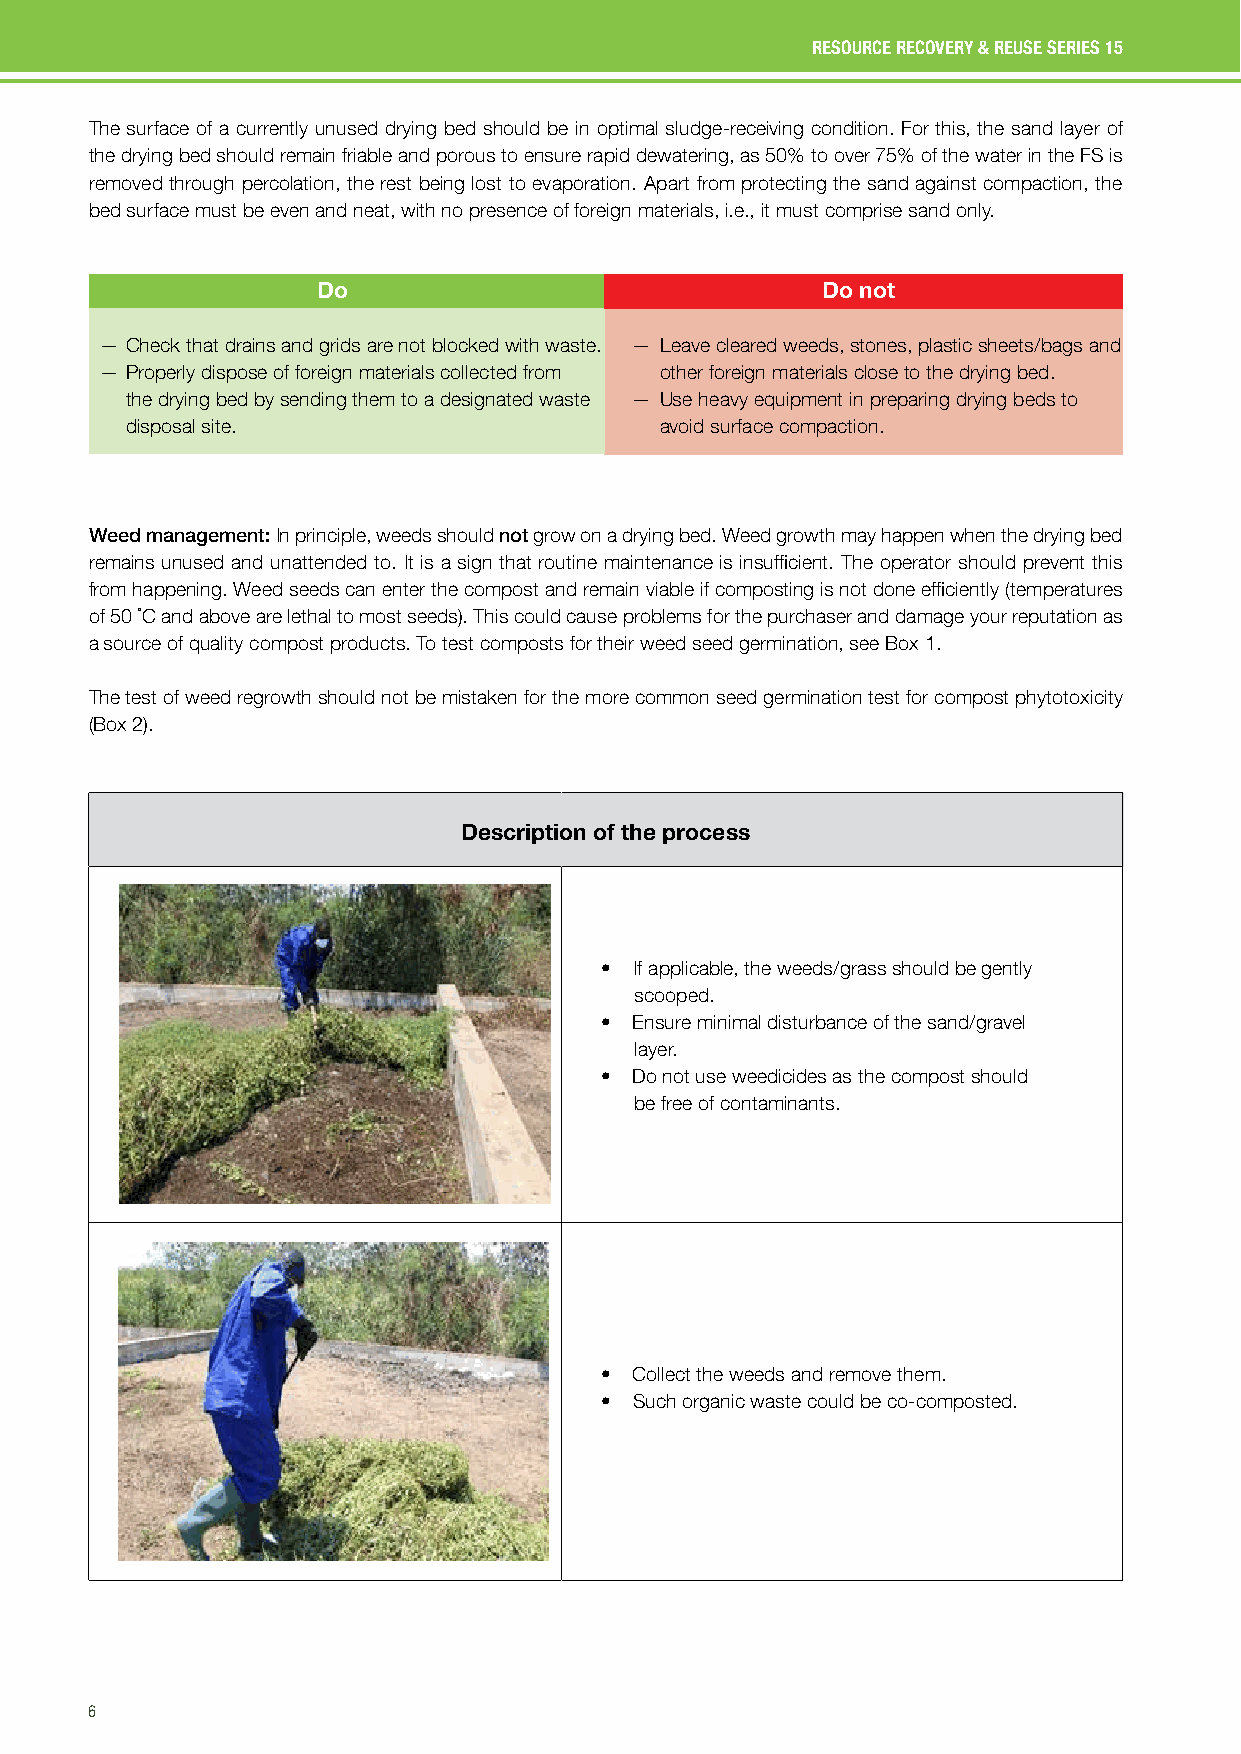
RESOURCE RECOVERY & REUSE SERIES 15
 The surface of a currently unused drying bed should be in optimal sludge-receiving condition. For this, the sand layer of
 the drying bed should remain friable and porous to ensure rapid dewatering, as 50% to over 75% of the water in the FS is
 removed through percolation, the rest being lost to evaporation. Apart from protecting the sand against compaction, the
 bed surface must be even and neat, with no presence of foreign materials, i.e., it must comprise sand only.
 Do                               Do not
 — Check that drains and grids are not blocked with waste. — Leave cleared weeds, stones, plastic sheets/bags and
 — P roperly dispose of foreign materials collected from other foreign materials close to the drying bed.
 the drying bed by sending them to a designated waste — Use heavy equipment in preparing drying beds to
 disposal site.                      avoid surface compaction.
 Weed management: In principle, weeds should not grow on a drying bed. Weed growth may happen when the drying bed
 remains unused and unattended to. It is a sign that routine maintenance is insufficient. The operator should prevent this
 from happening. Weed seeds can enter the compost and remain viable if composting is not done efficiently (temperatures
 of 50 °C and above are lethal to most seeds). This could cause problems for the purchaser and damage your reputation as
 a source of quality compost products. To test composts for their weed seed germination, see Box 1.
 The test of weed regrowth should not be mistaken for the more common seed germination test for compost phytotoxicity
 (Box 2).
 Description of the process
 • If applicable, the weeds/grass should be gently
 scooped.
 • Ensure minimal disturbance of the sand/gravel
 layer.
 • Do not use weedicides as the compost should
 be free of contaminants.
 • Collect the weeds and remove them.
 • Such organic waste could be co-composted.
 Tools
 6